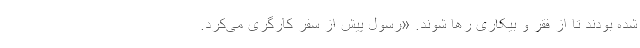
شده بودند تا از فقر و بیکاری رها شوند. «رسول پیش از سفر کارگری می‌کرد.